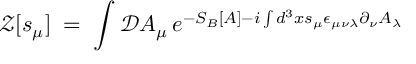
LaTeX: { \mathcal Z } [ s _ { \mu } ] \; = \; \int { \mathcal D } A _ { \mu } \, e ^ { - S _ { B } [ A ] - i \int d ^ { 3 } x s _ { \mu } \epsilon _ { \mu \nu \lambda } \partial _ { \nu } A _ { \lambda } }